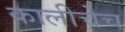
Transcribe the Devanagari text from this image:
कालीचेच